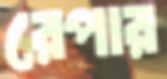
রেপার